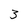
Character: 3